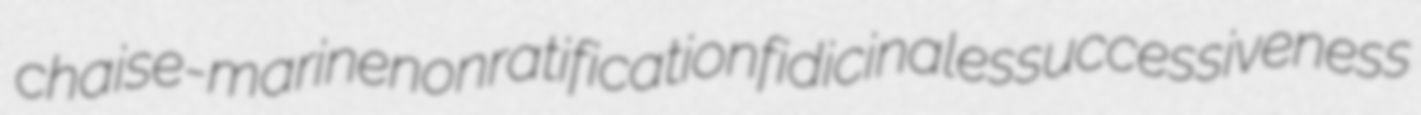
chaise-marine nonratification fidicinales successiveness